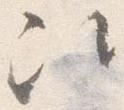
次